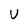
Character: U